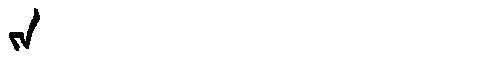
Manchu: ᠵᠠ
Romanization: JA